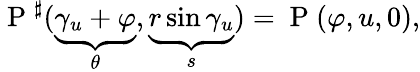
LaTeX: \mathrm{~P~}^{\sharp}(\underbrace{\gamma_{u}+\varphi}_{\theta},\underbrace{r\sin\gamma_{u}}_{s})=\mathrm{~P~}(\varphi,u,0),